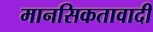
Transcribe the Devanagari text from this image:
मानसिकतावादी